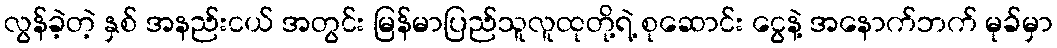
လွန်ခဲ့တဲ့ နှစ် အနည်းငယ် အတွင်း မြန်မာပြည်သူလူထုတို့ရဲ့ စုဆောင်း ငွေနဲ့ အနောက်ဘက် မုခ်မှာ